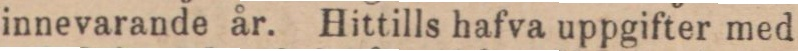
innevarande år. Hittills hafva uppgifter med